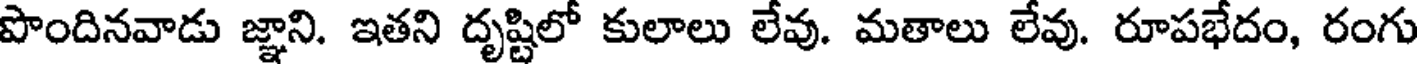
పొందినవాడు జ్ఞాని. ఇతని దృష్టిలో కులాలు లేవు. మతాలు లేవు. రూపభేదం, రంగు